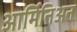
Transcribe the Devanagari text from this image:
आर्मिनिअन